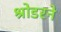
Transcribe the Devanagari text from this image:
श्रोडरने